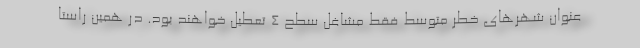
عنوان شهرهای خطر متوسط فقط مشاغل سطح ۴ تعطیل خواهند بود. در همین راستا